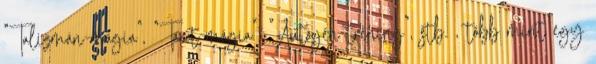
"Talizmán-mágia", "Tarot-mágia", "Autogén tréning", stb. , több mint egy